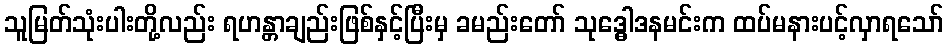
သူမြတ်သုံးပါးတို့လည်း ရဟန္တာချည်းဖြစ်နှင့်ပြီးမှ ခမည်းတော် သုဒ္ဓေါဒနမင်းက ထပ်မနားပင့်လှာရသော်